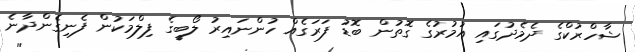
ޝާހްރުކްގެ ދެމެދުގައި އުމުރުގެ ގޮތުން ބޮޑު ފަރަގެއް ހުންނައިރު ލޯބީގެ ފިލްމަކުން ފެނިގެންދާނެ